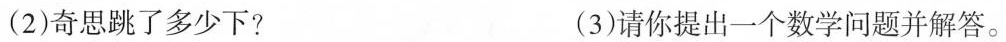
(2)奇思跳了多少下? (3)请你提出一个数学问题并解答。